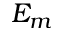
E _ { m }